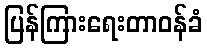
ပြန်ကြားရေးတာဝန်ခံ